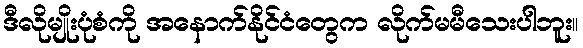
ဒီလိုမျိုးပုံစံကို အနောက်နိုင်ငံတွေက လိုက်မမီသေးပါဘူး။